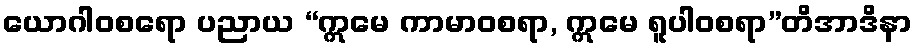
ယောဂါဝစရော ပညာယ “ဣမေ ကာမာဝစရာ, ဣမေ ရူပါဝစရာ”တိအာဒိနာ